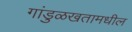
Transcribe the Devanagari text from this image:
गांडुळखतामधील